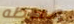
محطه